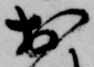
於